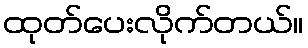
ထုတ်ပေးလိုက်တယ်။